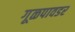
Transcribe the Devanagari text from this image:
गूळपावडर